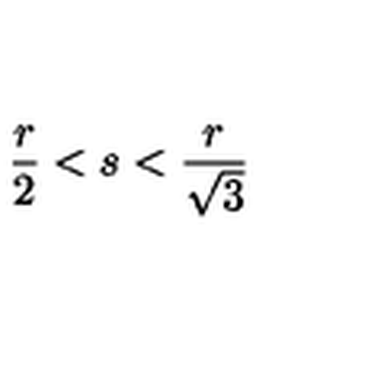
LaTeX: \frac { r } { 2 } < s < \frac { r } { \sqrt { 3 } }